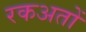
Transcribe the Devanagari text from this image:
रकअतों